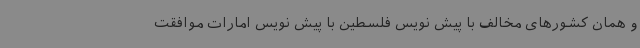
و همان کشورهای مخالف با پیش نویس فلسطین با پیش نویس امارات موافقت